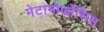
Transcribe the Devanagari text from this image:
मेटामोर्फोसिस